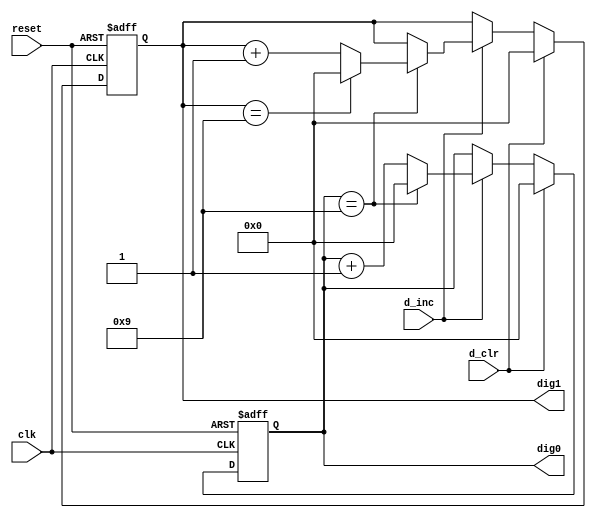
// This program was cloned from: https://github.com/FPGADude/Digital-Design
// License: GNU General Public License v3.0

`timescale 1ns / 1ps
//////////////////////////////////////////////////////////////////////////////////
// Reference book: "FPGA Prototyping by Verilog Examples"
//                      "Xilinx Spartan-3 Version"
// Written by: Dr. Pong P. Chu
// Published by: Wiley, 2008
//
// Adapted for Basys 3 by David J. Marion aka FPGA Dude
//
//////////////////////////////////////////////////////////////////////////////////

module m100_counter(
    input clk,
    input reset,
    input d_inc, d_clr,
    output [3:0] dig0, dig1
    );
    
    // signal declaration
    reg [3:0] r_dig0, r_dig1, dig0_next, dig1_next;
    
    // register control
    always @(posedge clk or posedge reset)
        if(reset) begin
            r_dig1 <= 0;
            r_dig0 <= 0;
        end
        
        else begin
            r_dig1 <= dig1_next;
            r_dig0 <= dig0_next;
        end
    
    // next state logic
    always @* begin
        dig0_next = r_dig0;
        dig1_next = r_dig1;
        
        if(d_clr) begin
            dig0_next <= 0;
            dig1_next <= 0;
        end
        
        else if(d_inc)
            if(r_dig0 == 9) begin
                dig0_next = 0;
                
                if(r_dig1 == 9)
                    dig1_next = 0;
                else
                    dig1_next = r_dig1 + 1;
            end
        
            else    // dig0 != 9
                dig0_next = r_dig0 + 1;
    end
    
    // output
    assign dig0 = r_dig0;
    assign dig1 = r_dig1;
    
endmodule